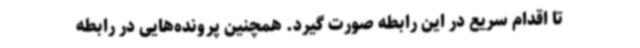
تا اقدام سریع در این رابطه صورت گیرد. همچنین پرونده‌هایی در رابطه